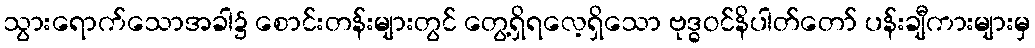
သွားရောက်သောအခါ၌ စောင်းတန်းများတွင် တွေ့ရှိရလေ့ရှိသော ဗုဒ္ဓဝင်နိပါတ်တော် ပန်းချီကားများမှ